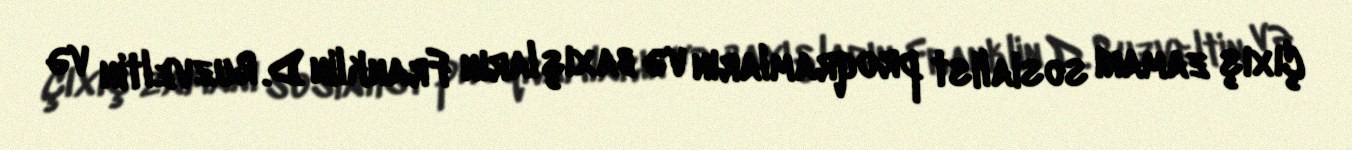
Çıxış zamanı sosialist proqramların və baxışların Franklin D. Ruzveltin və